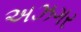
અઝગર